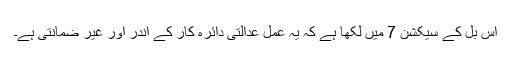
اس بل کے سیکشن 7 میں لکھا ہے کہ یہ عمل عدالتی دائرہ کار کے اندر اور غیر ضمانتی ہے۔